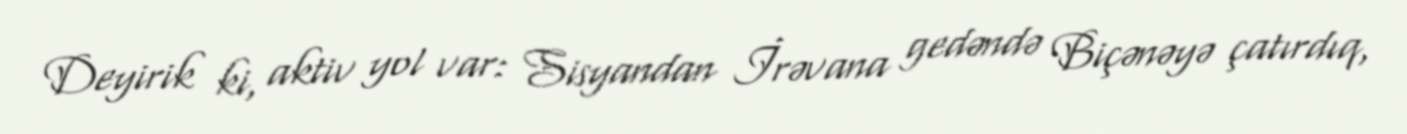
Deyirik ki, aktiv yol var: Sisyandan İrəvana gedəndə Biçənəyə çatırdıq,